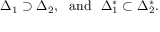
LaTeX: \Delta _ { 1 } \supset \Delta _ { 2 } , \ \ \mathrm { a n d } \ \ \Delta _ { 1 } ^ { * } \subset \Delta _ { 2 } ^ { * } .